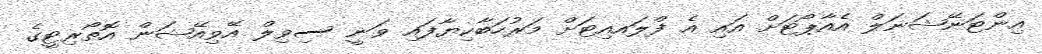
އިންޓަނޭޝަނަލް އެއާޕޯޓަށް އައި އެ ފްލައއިޓަށް މަރުހަބާކިޔާފައި ވަނީ ސިވިލް އޭވިއޭޝަން އޮތޯރިޓީގެ